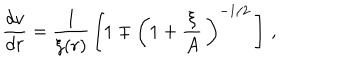
\frac { d v } { d r } = \frac { 1 } { \xi ( r ) } \, \left[ 1 \mp \left( 1 + \frac { \xi } { A } \, \right) ^ { - 1 / 2 } \, \right] \, ,